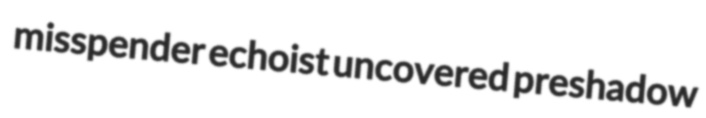
misspender echoist uncovered preshadow